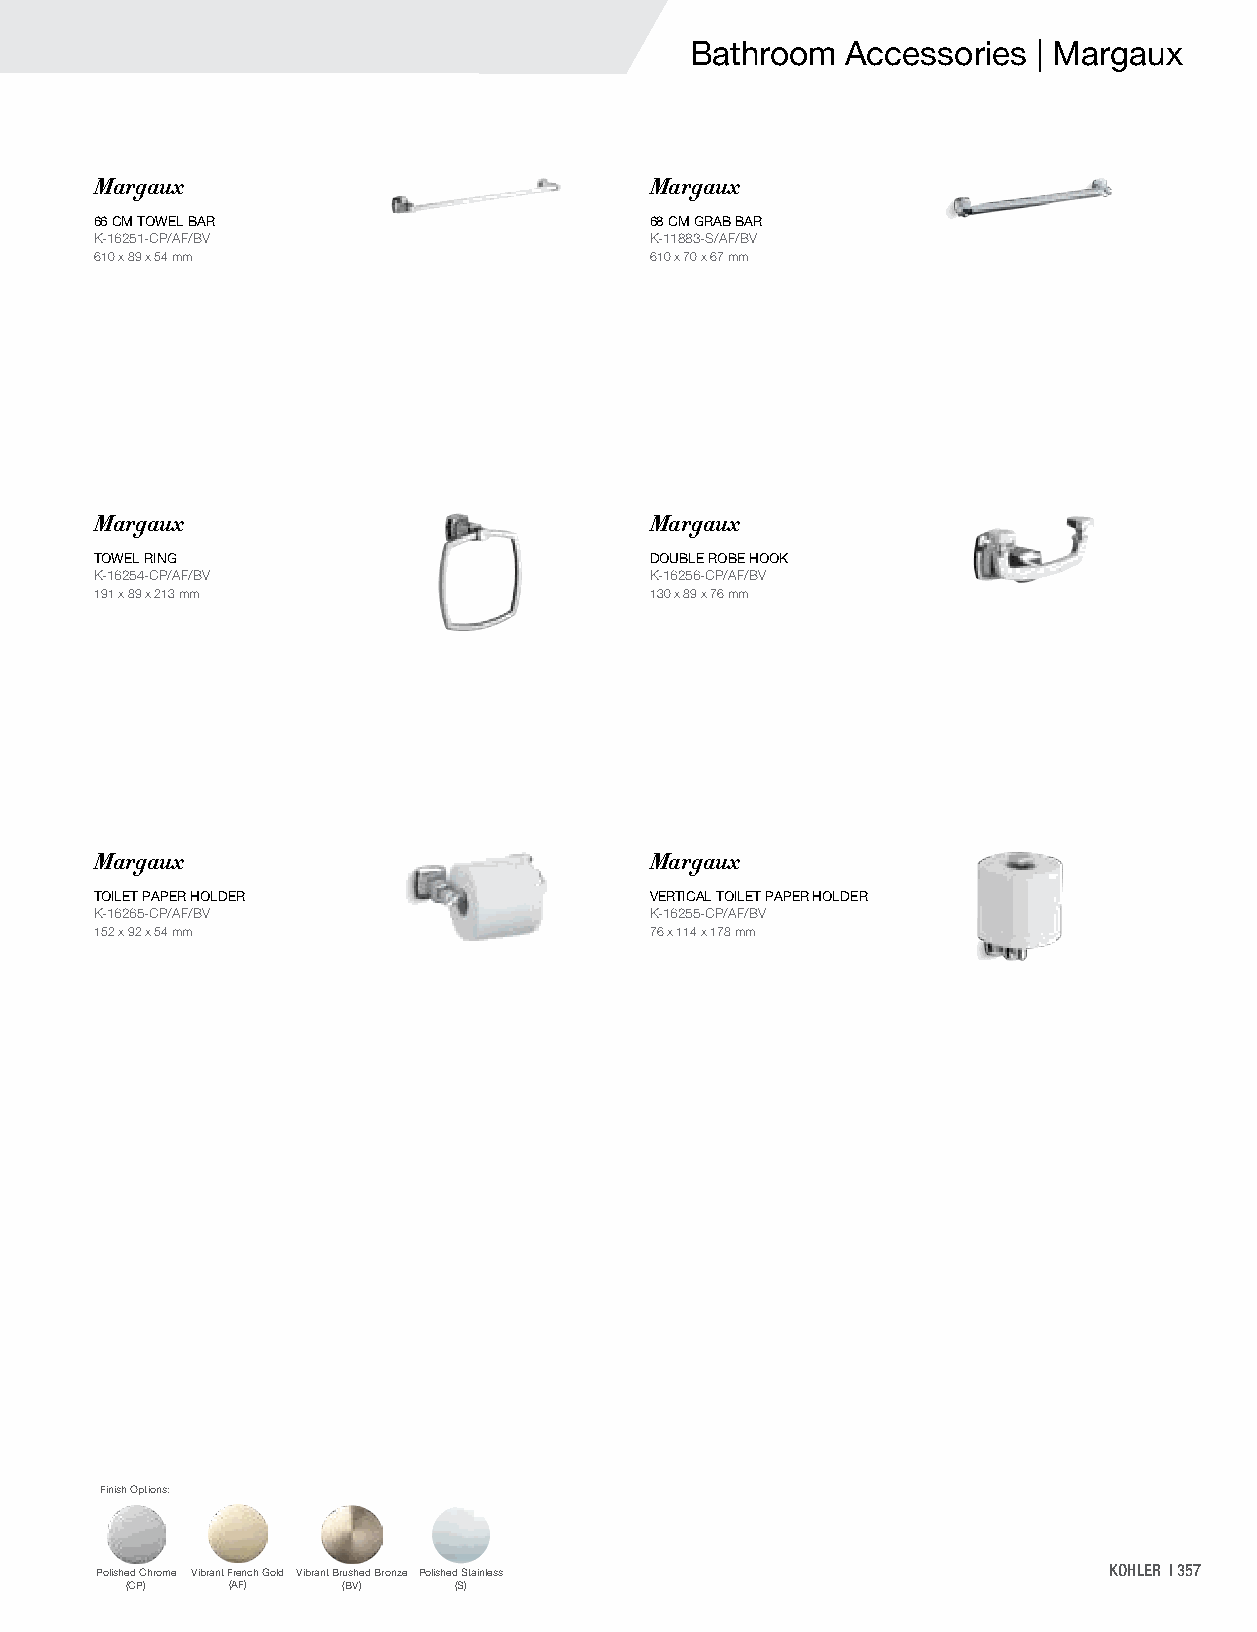
Bathroom  Accessories  | Margaux
 Margaux                              Margaux
 66 CM TOWEL BAR                      68 CM GRAB BAR
 K-16251-CP/AF/BV                     K-11883-S/AF/BV
 610 x 89 x 54 mm                     610 x 70 x 67 mm
 Margaux                              Margaux
 TOWEL RING                           DOUBLE ROBE HOOK
 K-16254-CP/AF/BV                     K-16256-CP/AF/BV
 191 x 89 x 213 mm                    130 x 89 x 76 mm
 Margaux                              Margaux
 TOILET PAPER HOLDER                  VERTICAL TOILET PAPER HOLDER
 K-16265-CP/AF/BV                     K-16255-CP/AF/BV
 152 x 92 x 54 mm                     76 x 114 x 178 mm
 Finish Options:
 Polished Chrome Vibrant French Gold Vibrant Brushed Bronze Polished Stainless KOHLER | 357
 (CP)   (AF)    (BV)   (S)